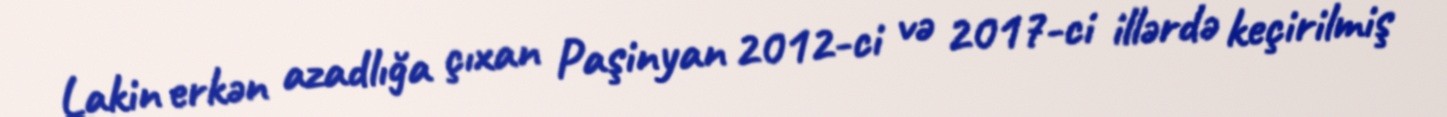
Lakin erkən azadlığa çıxan Paşinyan 2012-ci və 2017-ci illərdə keçirilmiş